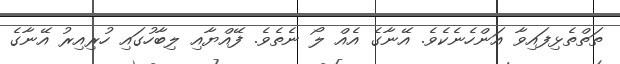
ތަތްތެޅިފައިވާ އަންހެނެކެވެ. އޭނާގެ އެއް ލޯ ނެތެވެ. ފޭއްޔާއި ލިބާހުގައި ހުރިއިރު އޭނާގެ